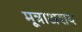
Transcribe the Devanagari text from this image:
मूत्राअशय